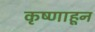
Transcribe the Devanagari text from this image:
कृष्णाहून